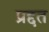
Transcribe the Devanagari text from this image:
प्रद्दत